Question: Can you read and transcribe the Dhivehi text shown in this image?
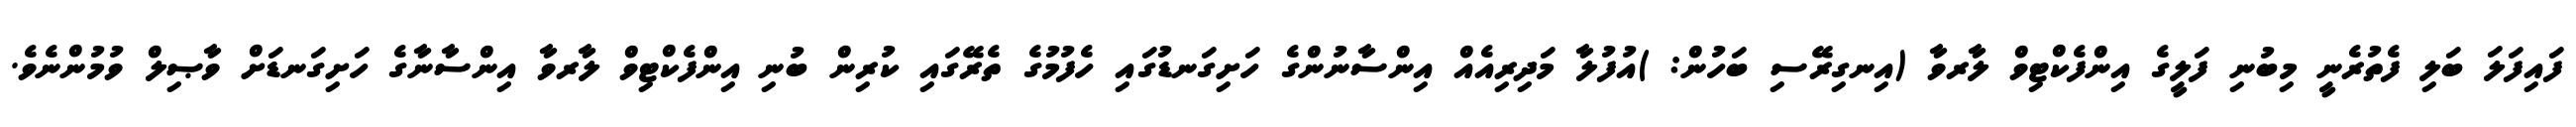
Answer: ފައިފަލަ ބަލި ފެތުރެނީ މިބުނި ފަލީގެ އިންފެކްޓިވް ލާރވާ (އިނގިރޭސި ބަހުން: )އުފުލާ މަދިރިއެއް އިންސާނުންގެ ހަށިގަނޑުގައި ހެފުމުގެ ތެރޭގައި ކުރިން ބުނި އިންފެކްޓިވް ލާރވާ އިންސާނާގެ ހަށިގަނޑަށް ވާޞިލް ވުމުންނެވެ.